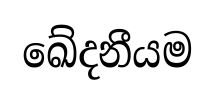
ඛේදනීයම